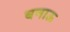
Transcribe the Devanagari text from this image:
बनाऊ